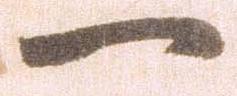
一